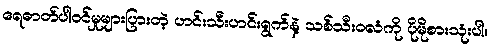
ရေဓာတ်ပါဝင်မှုများပြားတဲ့ ဟင်းသီးဟင်းရွက်နဲ့ သစ်သီးဝလံကို ပိုမိုစားသုံးပါ။